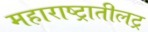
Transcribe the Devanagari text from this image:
महाराष्ट्रातीलट्र